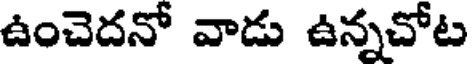
ఉంచెదనో వాడు ఉన్నచోట